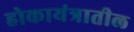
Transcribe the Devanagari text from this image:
होकायंत्रातील